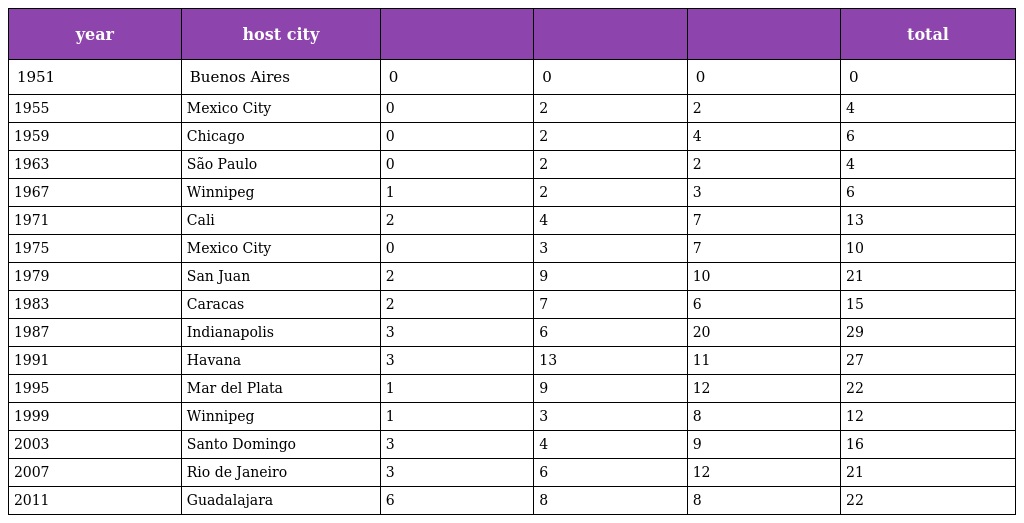
| year | host city |  |  |  | total |
 | --- | --- | --- | --- | --- | --- |
 | 1951 | Buenos Aires | 0 | 0 | 0 | 0 |
 | 1955 | Mexico City | 0 | 2 | 2 | 4 |
 | 1959 | Chicago | 0 | 2 | 4 | 6 |
 | 1963 | São Paulo | 0 | 2 | 2 | 4 |
 | 1967 | Winnipeg | 1 | 2 | 3 | 6 |
 | 1971 | Cali | 2 | 4 | 7 | 13 |
 | 1975 | Mexico City | 0 | 3 | 7 | 10 |
 | 1979 | San Juan | 2 | 9 | 10 | 21 |
 | 1983 | Caracas | 2 | 7 | 6 | 15 |
 | 1987 | Indianapolis | 3 | 6 | 20 | 29 |
 | 1991 | Havana | 3 | 13 | 11 | 27 |
 | 1995 | Mar del Plata | 1 | 9 | 12 | 22 |
 | 1999 | Winnipeg | 1 | 3 | 8 | 12 |
 | 2003 | Santo Domingo | 3 | 4 | 9 | 16 |
 | 2007 | Rio de Janeiro | 3 | 6 | 12 | 21 |
 | 2011 | Guadalajara | 6 | 8 | 8 | 22 |